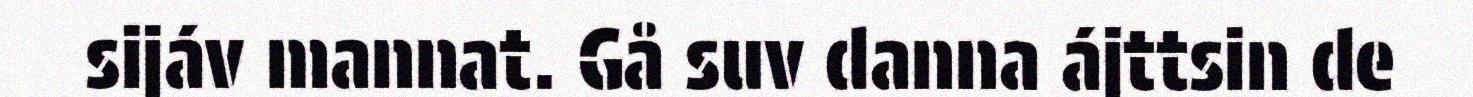
sijáv mannat. Gå suv danna ájttsin de